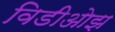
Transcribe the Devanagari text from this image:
विडीओझ